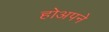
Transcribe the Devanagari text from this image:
होअपने